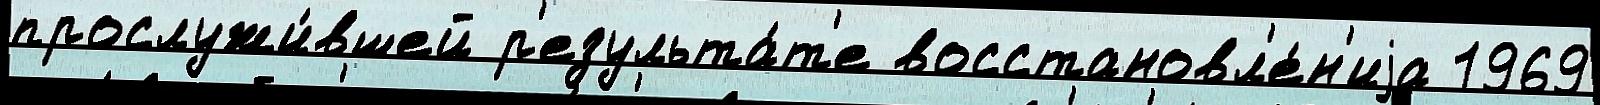
прослужи́вшей р'езульта́т'е восстановл'е́н'иjа 1969